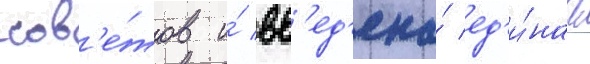
сов'е́тов и́ вв'ед'ена́ ед'и́наа